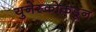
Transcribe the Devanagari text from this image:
युनेस्कोकडून